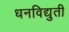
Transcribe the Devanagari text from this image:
धनविद्युती